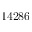
1 4 2 8 6